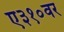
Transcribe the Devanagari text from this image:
ए३१०वर